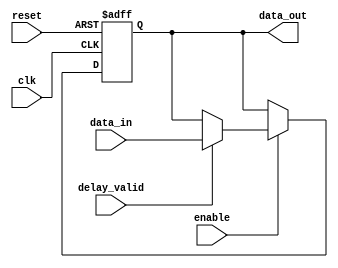
module latch_delay(
    input wire clk,
    input wire reset,
    input wire enable,
    input wire delay_valid,
    input wire [7:0] data_in,
    output reg [7:0] data_out
);

reg [7:0] delay_reg;

always @(posedge clk or posedge reset) begin
    if (reset) begin
        delay_reg <= 8'b0;
    end else if (enable) begin
        if (delay_valid) begin
            delay_reg <= data_in;
        end
    end
end

assign data_out = delay_reg;

endmodule